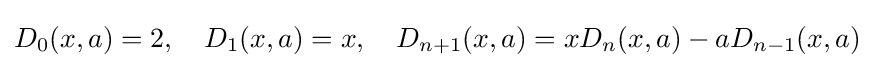
D_{0}(x,a)=2,\quad D_{1}(x,a)=x,\quad D_{n+1}(x,a)=xD_{n}(x,a)-aD_{n-1}(x,a)